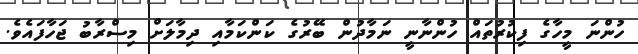
ހުންނަ މީހާގެ ފިކުރުތައް ހުންނާނީ ނަމާދުން ބޭރުގެ ކަންކަމާއި ދިމާލަށް މިސްރާބު ޖަހާފައެވެ.